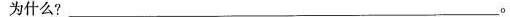
为什么?___。